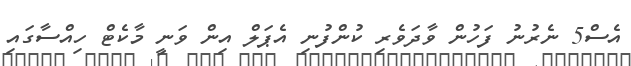
އެސް5 ނެރުނު ފަހުން ވާދަވެރި ކުންފުނި އެޕަލް އިން ވަނީ މާކެޓް ހިއްސާގައި